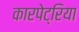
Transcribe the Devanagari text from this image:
कारपेट्रिया